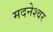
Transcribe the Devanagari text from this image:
मदनेश्वर